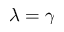
\lambda = \gamma